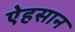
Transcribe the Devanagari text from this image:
ऐहसान